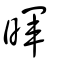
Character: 暉